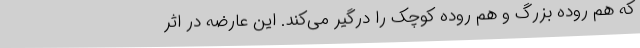
که هم روده بزرگ و هم روده کوچک را درگیر می‌کند. این عارضه در اثر